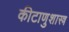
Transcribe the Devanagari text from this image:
कीटाणुशास्त्र